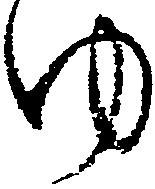
ゆ